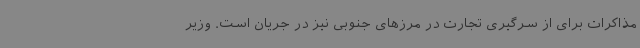
مذاکرات برای از سرگیری تجارت در مرزهای جنوبی نیز در جریان است. وزیر